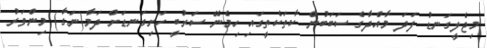
މިޖެލީގަނޑު ފަދަ މާއްދާގެ ސަބަބުން ކާތަކެތީގައި ހިމެނޭ ސަރުބީ ހަށިގަނޑަށް ދަމާ(ނަގާ) މިންވަރު